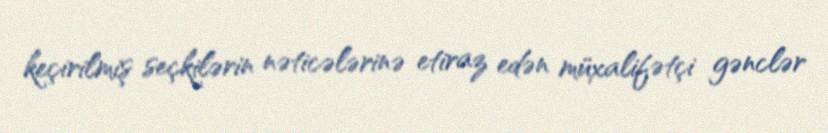
keçirilmiş seçkilərin nəticələrinə etiraz edən müxalifətçi gənclər